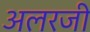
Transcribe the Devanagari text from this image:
अलरजी